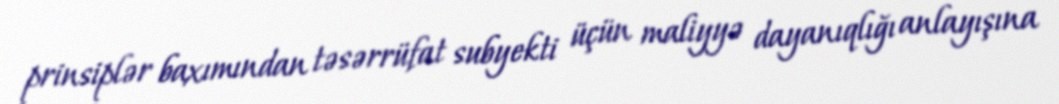
prinsiplər baxımından təsərrüfat subyekti üçün maliyyə dayanıqlığı anlayışına